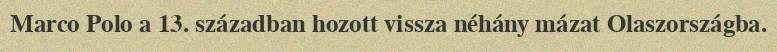
Marco Polo a 13. században hozott vissza néhány mázat Olaszországba.